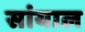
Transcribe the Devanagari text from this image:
सांयाल